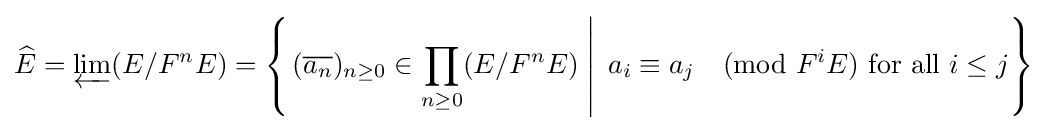
{\widehat {E}}=\varprojlim (E/F^{n}E)=\left\{\left.({\overline {a_{n}}})_{n\geq 0}\in \prod _{n\geq 0}(E/F^{n}E)\;\right|\;a_{i}\equiv a_{j}{\pmod {F^{i}E}}{\text{ for all }}i\leq j\right\}